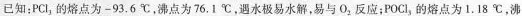
已知：PCl_{3}的熔点为-93.6℃，沸点为76.1℃，遇水极易水解，易与O_{2}反应；POCl_{3}的熔点为1.18℃，沸